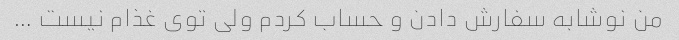
من نوشابه سفارش دادن و حساب کردم ولی توی غذام نیست …